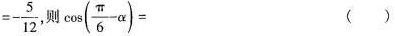
$$=- \frac{5}{12}$$ 则 $$\cos ( \frac{ \pi }{6}- \alpha )=$$ ( )